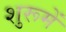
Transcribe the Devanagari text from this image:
शुरूमें